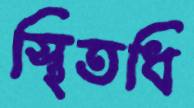
স্থিতধি